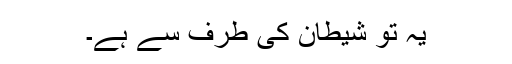
یہ تو شیطان کی طرف سے ہے۔